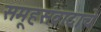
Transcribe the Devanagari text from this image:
समूहसंवादाचे